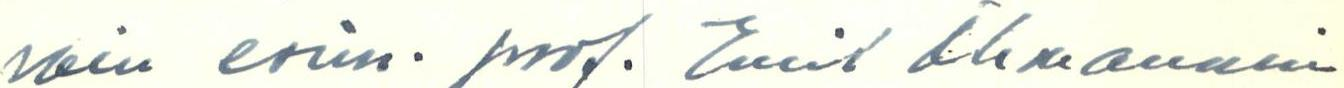
vain esim. prof. Emil Öhmannin